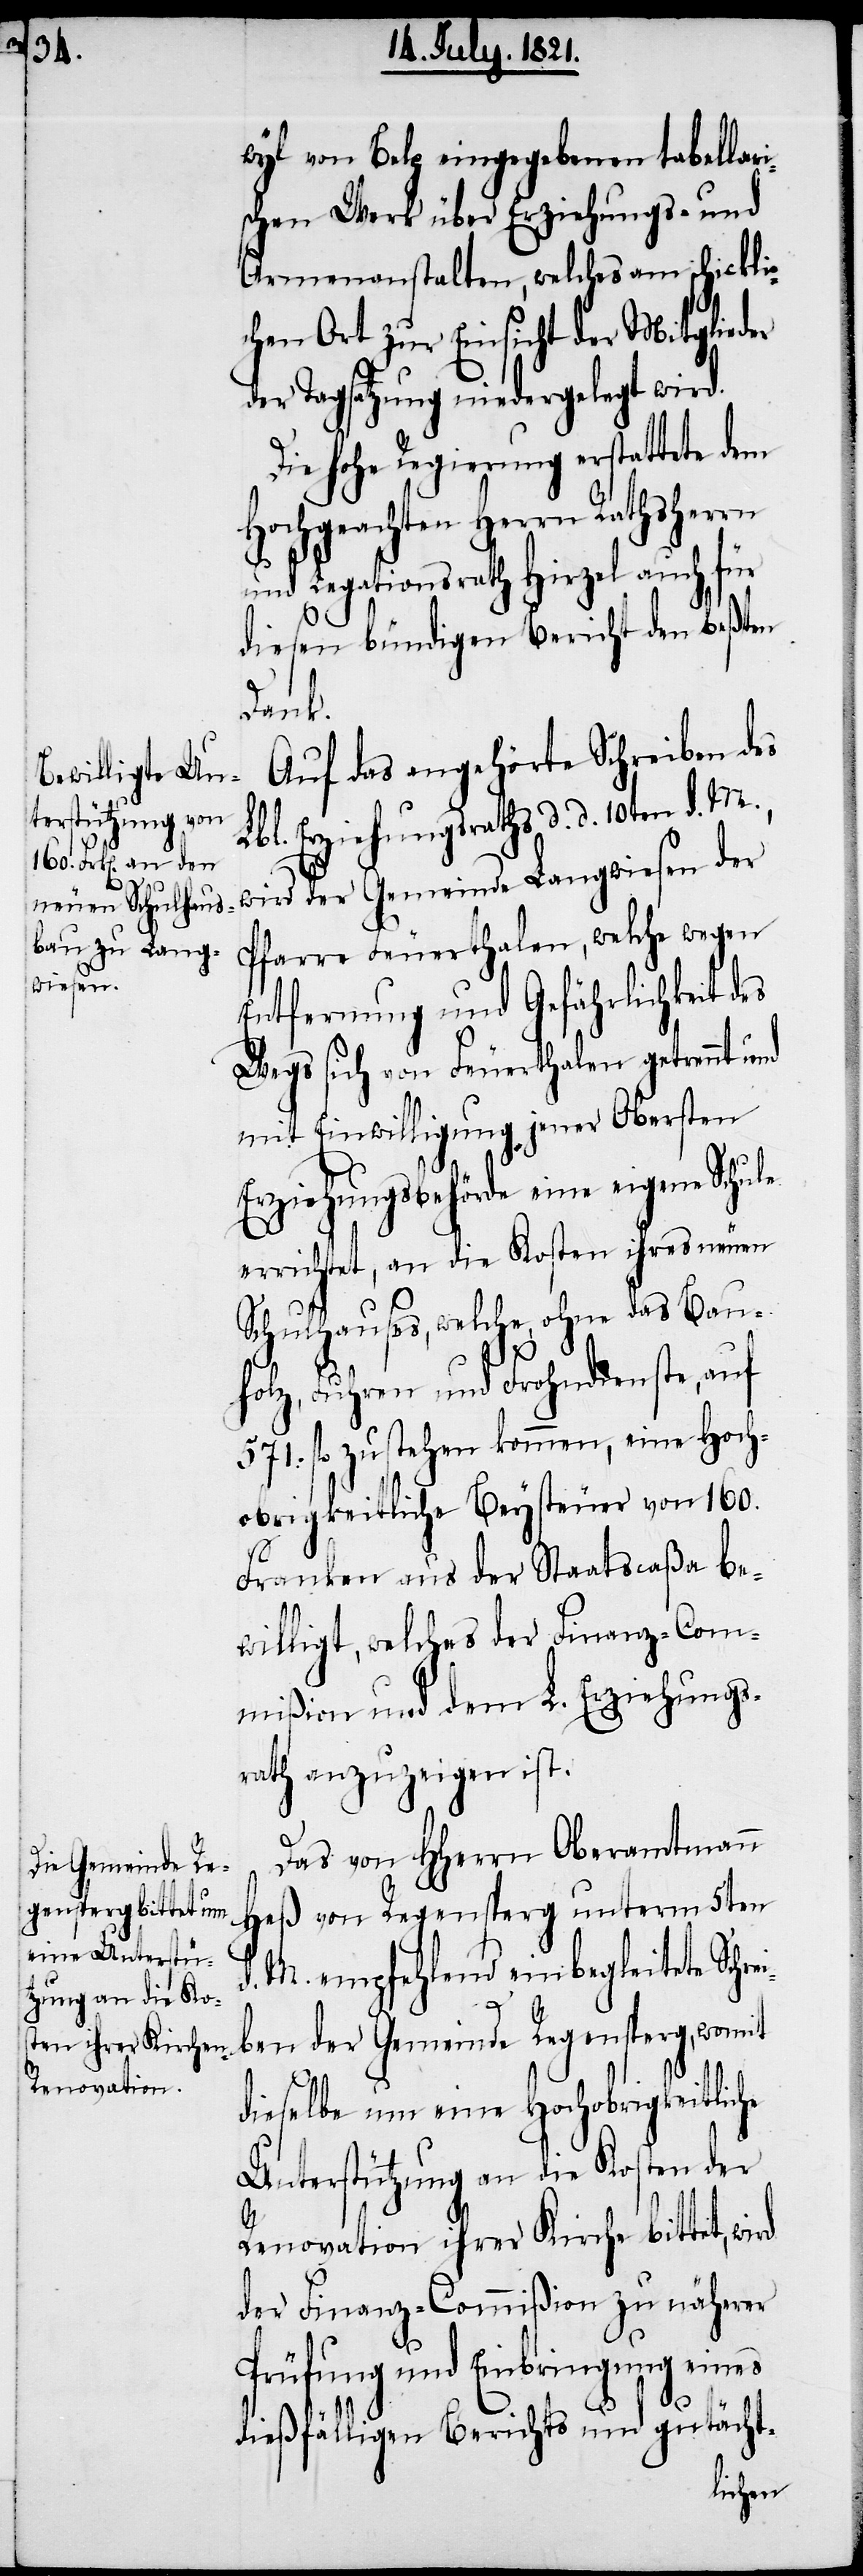
wyl von Bald eingegebenen tabellar¬
schen Werk über Erziehungs- und
Armenanstalten, welches am schicklic¬
hen Ort zur Einsicht der Mitglieder
der Tagsatzung niedergelegt wird.
Die hohe Regierung erstattete dem
Hochgeachten Herrn Rathsherrn
und Legationsrath Hirzel auch für
diesen bündigen Bericht den beßten
Dank.
Auf das angehörte Schreiben des
bl. Erziehungsraths d. d. 10ten d.
wird der Gemeinde Langwiesen der
Pfarre Feuerthalen, welche wegen
Entfernung und Gefährlichkeit des
Wegs sich von Feuerthalen getrennt und
mit Einwilligung jener Obersten
Erziehungsbehörde eine eigene Schule
errichtet, an die Kosten ihres neuen
Schulhauses, welche ohne das Bauh¬
olz, Fuhren und Frohndienste, auf
571. fl. zu stehen kommen, eine Hoch¬
obrigkeitliche Beysteuer von 160.
Franken aus der Staatscaßa be¬
willigt, welches der Finanz-Com¬
mißion und dem L. Erziehungs¬
rath anzuzeigen ist.
Das von HHerrn Oberamtmann
Heß von Regensperg unterm 5ten
d. M. empfehlend einbegleitete Schre¬
i¬
ben der Gemeinde Regensperg, womit
dieselbe um eine Hochobrigkeitliche
Unterstützung an die Kosten der
Renovation ihrer Kirche bittet, wird
der Finanz-Commißion zu näherer
Prüfung und Einbringung eines
dießfälligen Berichts und gutächt-